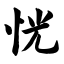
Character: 恍